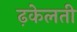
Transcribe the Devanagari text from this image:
ढ़केलती